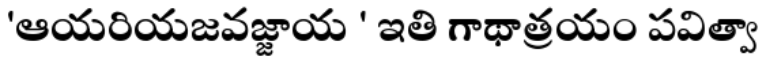
'ఆయరియజవజ్జాయ ' ఇతి గాథాత్రయం పవిత్వా